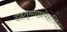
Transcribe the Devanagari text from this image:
दाहतृष्णाप्रमेहजित्‌